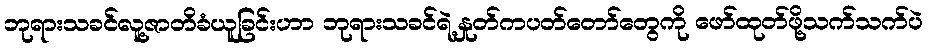
ဘုရားသခင်လူ့ဇာတိခံယူခြင်းဟာ ဘုရားသခင်ရဲ့နှုတ်ကပတ်တော်တွေကို ဖော်ထုတ်ဖို့သက်သက်ပဲ